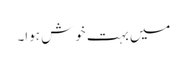
میں بہت خوش ہوا۔